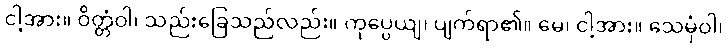
ငါ့အား။ ဝိတ္တံဝါ၊ သည်းခြေသည်လည်း။ ကုပ္ပေယျ၊ ပျက်ရာ၏။ မေ၊ ငါ့အား။ သေမှံဝါ၊